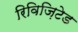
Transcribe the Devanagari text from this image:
रिविज़िटेड